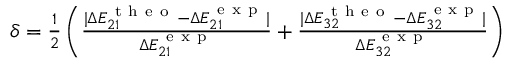
\begin{array} { r } { \delta = \frac { 1 } { 2 } \left( \frac { | \Delta E _ { 2 1 } ^ { \mathrm { ~ t ~ h ~ e ~ o ~ } } - \Delta E _ { 2 1 } ^ { \mathrm { ~ e ~ x ~ p ~ } } | } { \Delta E _ { 2 1 } ^ { \mathrm { ~ e ~ x ~ p ~ } } } + \frac { | \Delta E _ { 3 2 } ^ { \mathrm { ~ t ~ h ~ e ~ o ~ } } - \Delta E _ { 3 2 } ^ { \mathrm { ~ e ~ x ~ p ~ } } | } { \Delta E _ { 3 2 } ^ { \mathrm { ~ e ~ x ~ p ~ } } } \right) } \end{array}